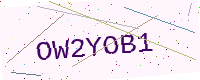
Text: OW2YOB1